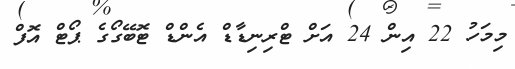
މިމަހު 22 އިން 24 އަށް ޓްރިނިޑާޑް އެންޑް ޓޮބޭގޯގެ ޕޯޓް އޮފް